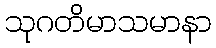
သုဂတိမာသမာနာ